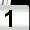
Digit: 1